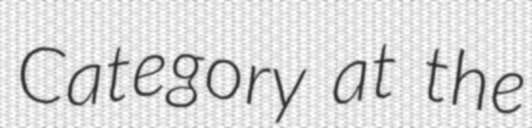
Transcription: Category at the